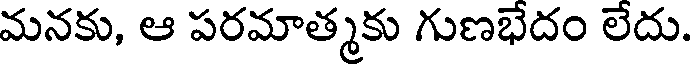
మనకు, ఆ పరమాత్మకు గుణభేదం లేదు.